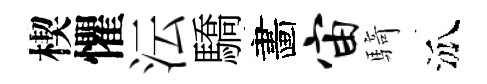
楔懼沄驕畵宙騎泒